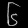
Digit: ၆